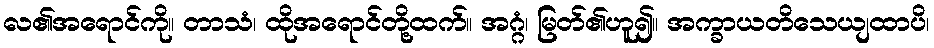
လ၏အရောင်ကို။ တာသံ၊ ထိုအရောင်တို့ထက်။ အဂ္ဂံ၊ မြတ်၏ဟူ၍။ အက္ခာယတိသေယျထာပိ၊